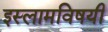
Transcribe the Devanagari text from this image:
इस्लामविषयी